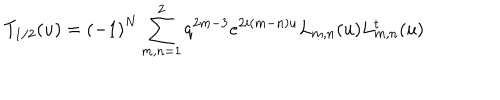
T _ { 1 / 2 } ( u ) = { ( - 1 ) } ^ { N } \displaystyle \sum _ { m , n = 1 } ^ { 2 } q ^ { 2 m - 3 } e ^ { 2 i ( m - n ) u } L _ { m , n } ( u ) L _ { m , n } ^ { t } ( u )